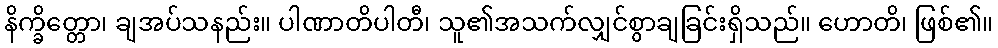
နိက္ခိတ္တော၊ ချအပ်သနည်း။ ပါဏာတိပါတီ၊ သူ၏အသက်လျှင်စွာချခြင်းရှိသည်။ ဟောတိ၊ ဖြစ်၏။